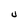
Character: U